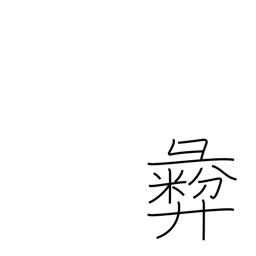
Meaning: moral principle